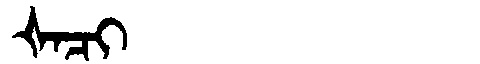
Manchu: ᡧᠠᠴᡳ
Romanization: ŠACI